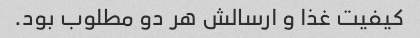
کیفیت غذا و ارسالش هر دو مطلوب بود.